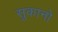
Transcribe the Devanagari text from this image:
सुकानो